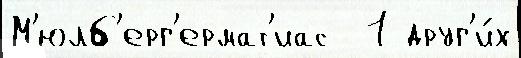
М'юлб'ерг'ермат'иас  1 друг'и́х